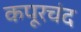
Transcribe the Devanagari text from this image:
कपूरचंद